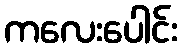
ကလေးပေါင်း